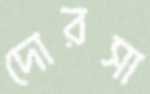
দোরসা